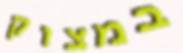
במצוק